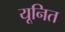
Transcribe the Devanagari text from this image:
यूनित